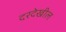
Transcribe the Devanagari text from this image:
दरदेखील